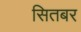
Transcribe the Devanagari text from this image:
सितबर